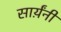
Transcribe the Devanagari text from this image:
सार्य़ंनी